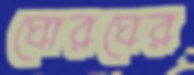
ঘোরঘের